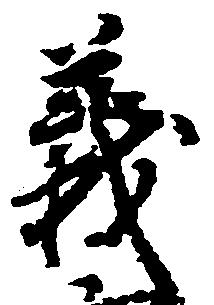
義